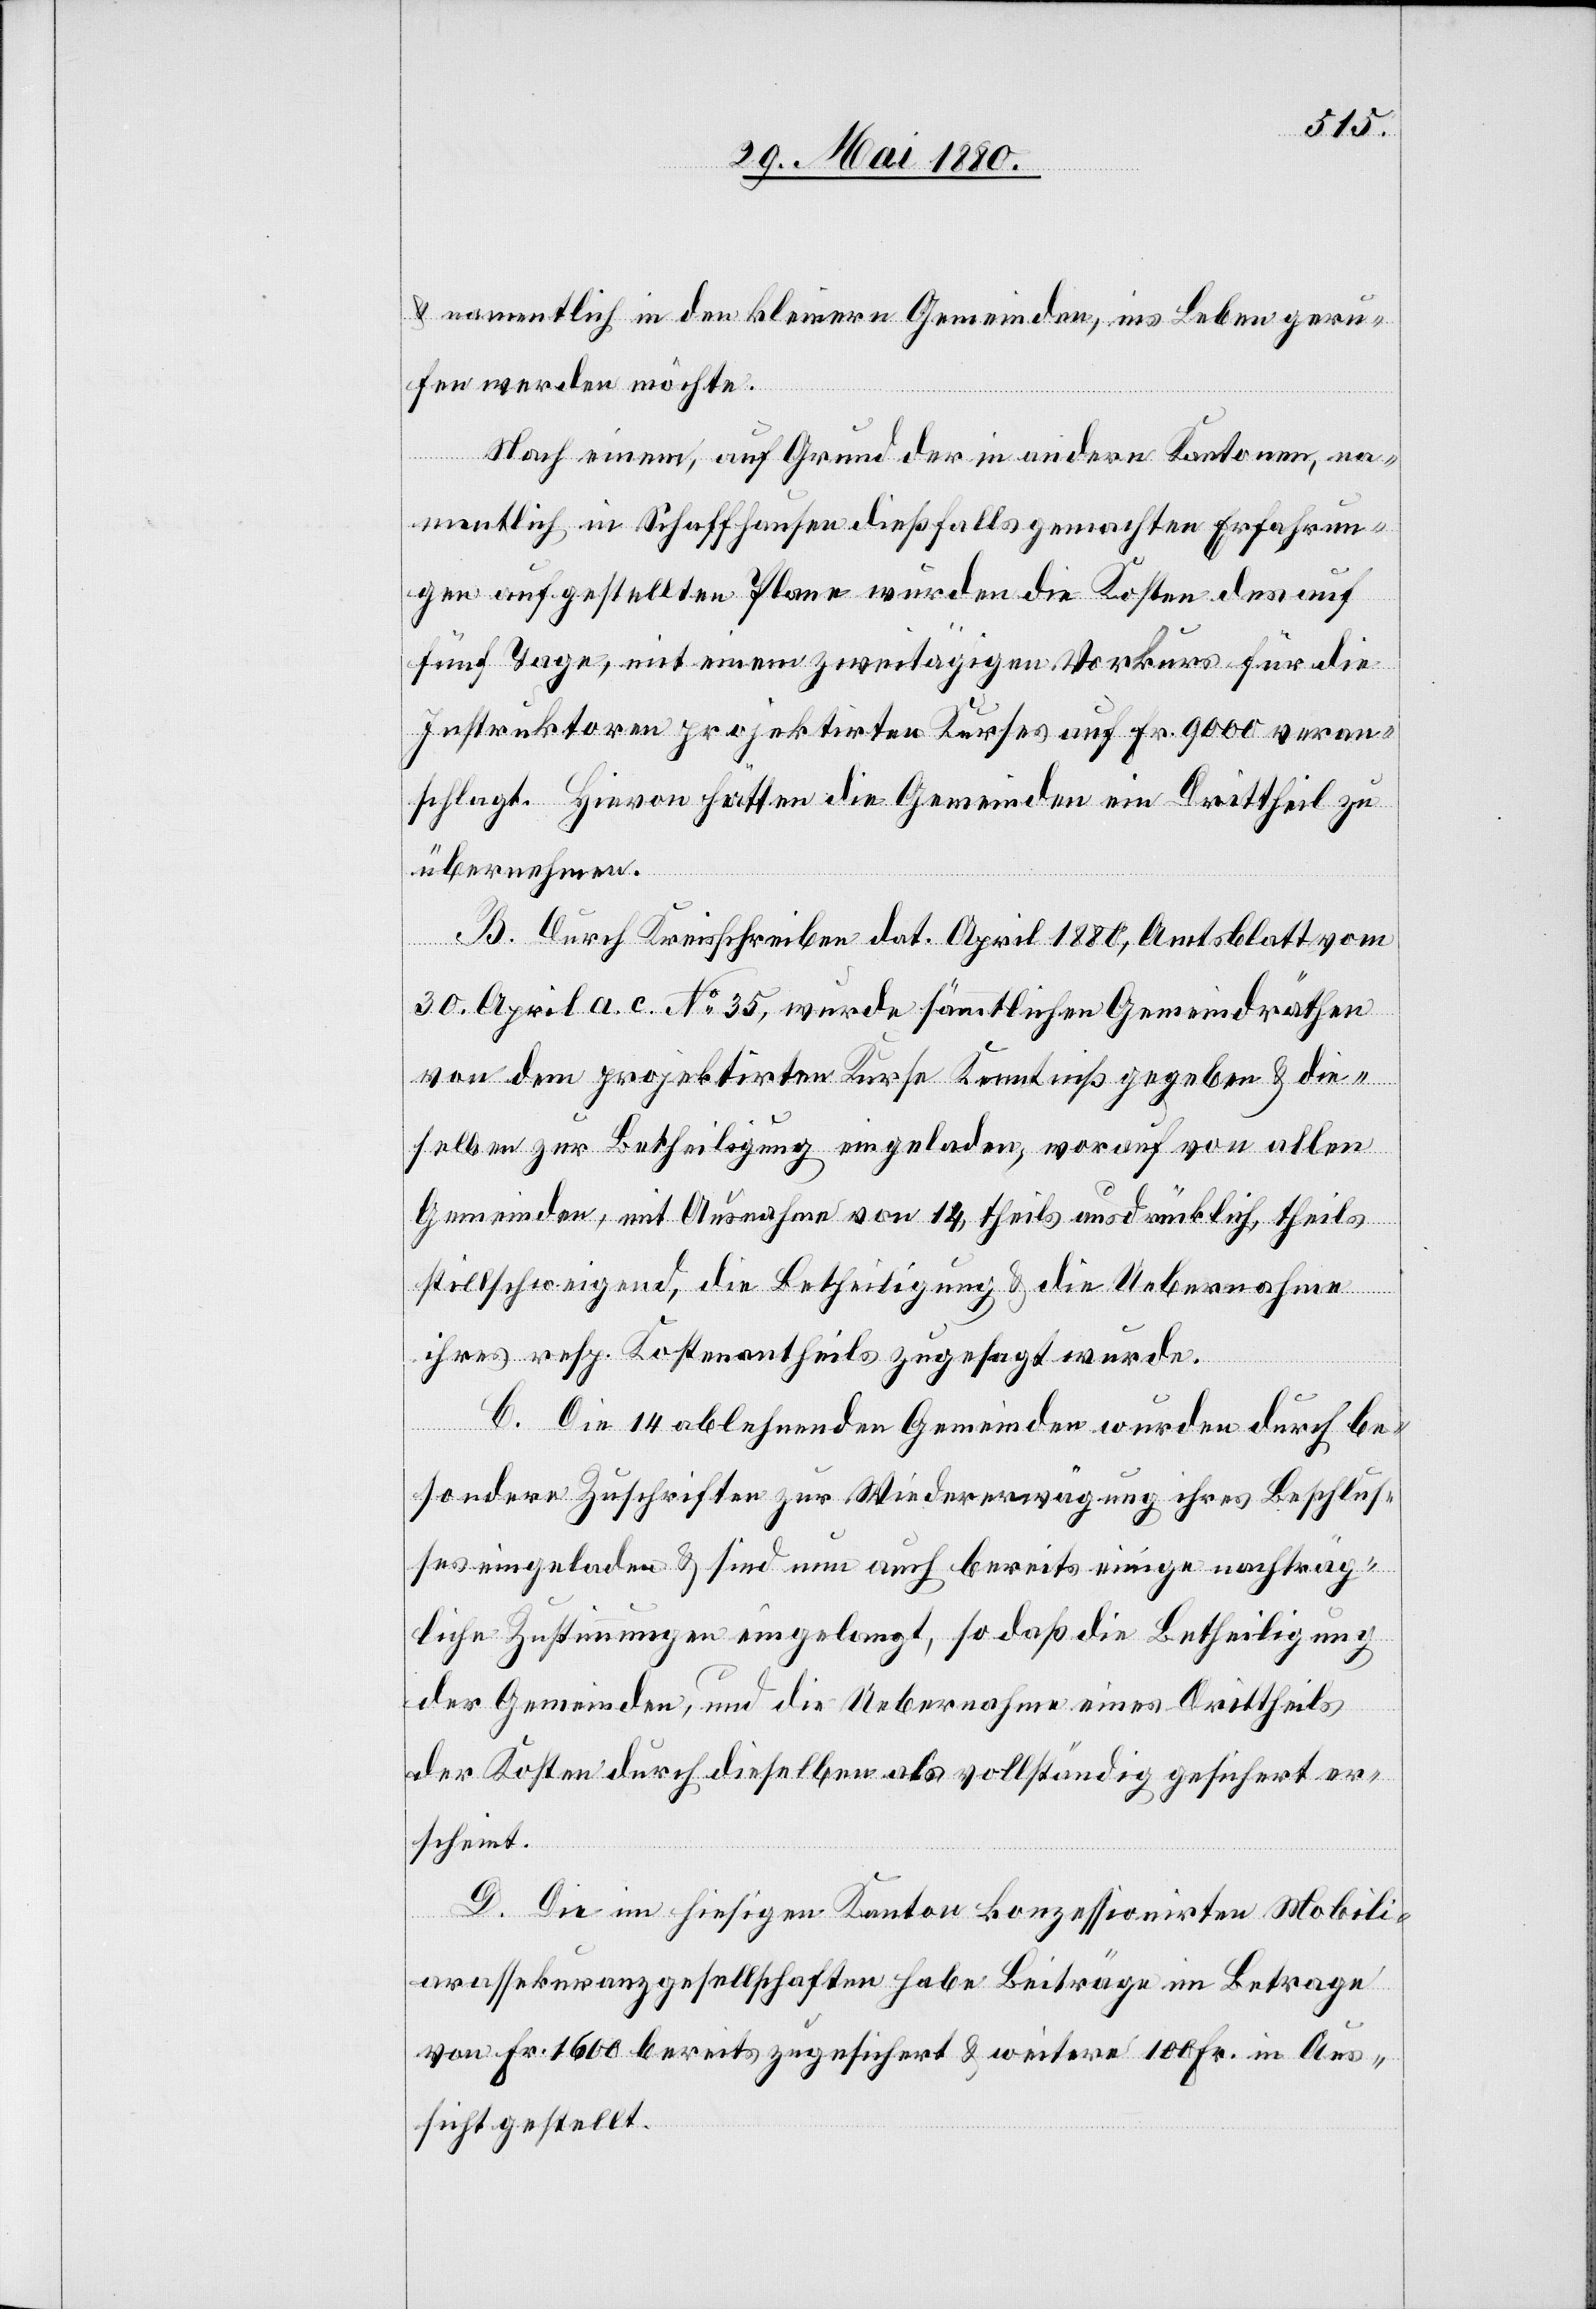
& namentlich in den kleinern Gemeinden, ins Leben geru¬
fen werden möchte.
Nach einem, auf Grund der in andern Kantonen, na¬
mentlich in Schaffhausen dießfalls gemachten Erfahrun¬
gen aufgestellten Plane würden die Kosten des auf
fünf Tage, mit einem zweitägigen Vorkurs für die
Instruktoren projektirten Kurses auf Fr. 9000 veran¬
schlagt. Hievon hätten die Gemeinden ein Drittheil zu
übernehmen.
B. Durch Kreisschreiben dat. April 1880, Amtsblatt vom
30. April a. c. No 35, wurde sämmtlichen Gemeindräthen
von dem projektirten Kurse Kenntniß gegeben & die¬
selben zur Betheiligung eingeladen, worauf von allen
Gemeinden, mit Ausnahme von 14, theils ausdrücklich, theils
stillschweigend, die Betheiligung & die Uebernahme
ihres resp. Kostenantheils zugesagt wurde.
C. Die 14 ablehnenden Gemeinden wurden durch be¬
sondere Zuschriften zur Wiedererwägung ihres Beschlus¬
ses eingeladen & sind nun auch bereits einige nachträg¬
liche Zustimmungen eingelangt, so daß die Betheiligung
der Gemeinden, und die Uebernahme eines Drittheils
der Kosten durch dieselben als vollständig gesichert er¬
scheint.
D. Die im hiesigen Kanton konzessionirten Mobili¬
arassekuranzgesellschaften habe[n] Beiträge im Betrage
von Fr. 1600 bereits zugesichert & weitere 100 Fr. in Aus¬
sicht gestellt.